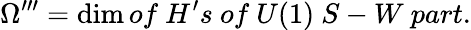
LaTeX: \Omega^{\prime\prime\prime}=\dim of~H^{\prime}s~of~U(1)~S-W~part.